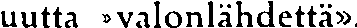
uutta »valonlähdettä»,